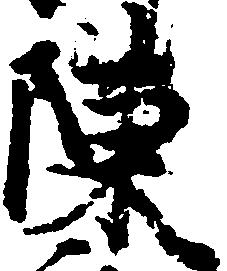
陳